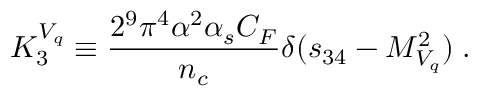
{ \cal K } _ { 3 } ^ { V _ { q } } \equiv { \frac { 2 ^ { 9 } \pi ^ { 4 } \alpha ^ { 2 } \alpha _ { s } C _ { F } } { n _ { c } } } \delta ( s _ { 3 4 } - M _ { V _ { q } } ^ { 2 } ) \; .